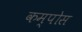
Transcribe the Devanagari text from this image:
कम्पोस